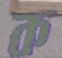
ক